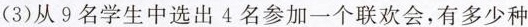
(3)从9名学生中选出4名参加一个联欢会，有多少种